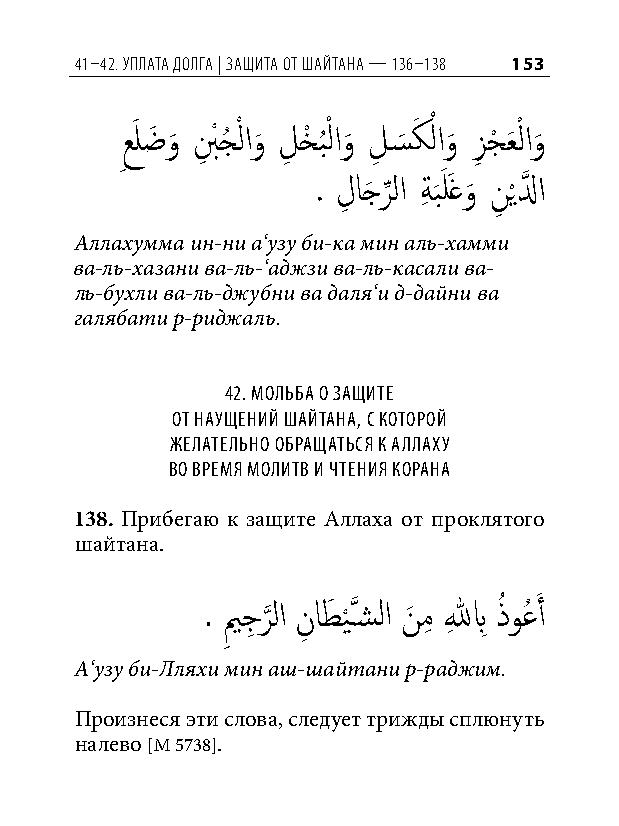
41–42. уПлата долга | защита от шайтана — 136–138 153
 َ      ْ     ْ    َ ْ    ْ
 ِعلضَ و
 َ
 بِ ْ جُ لاو
 َ
 لِ خْ ب
 ُ
 لاو
 َ
 لِ س
 َ
 كلاو
 َ
 زِ جْ عَ لاو
 َ
 . لِ اجَ ر
 ِّ
 لا ةِ ب
 َ
 َ لَغو
 َ
 نِ ي
 ْ
 لَّذ ا
 Аллахумма ин-ни а‘узу би-ка мин аль-хамми
 ва-ль-хазани ва-ль-‘аджзи ва-ль-касали ва-
 ль-бухли ва-ль-джубни ва даля‘и д-дайни ва
 галябати р-риджаль.
 42. мольба о защите
 от наущений шайтана, С которой
 желательно обращатьСя к аллаху
 во время молитв и чтения корана
 138. Прибегаю к защите Аллаха от проклятого
 шайтана.
 . يم
 ِ
 جِ ر
 َّذ
 لا نِ اطَ ي
 ْ
 َّذسشلا نَ مِ للهِ بِ ذُ وعُ َ أ
 А‘узу би-Лляхи мин аш-шайтани р-раджим.
 Произнеся эти слова, следует трижды сплюнуть
 налево [М 5738].